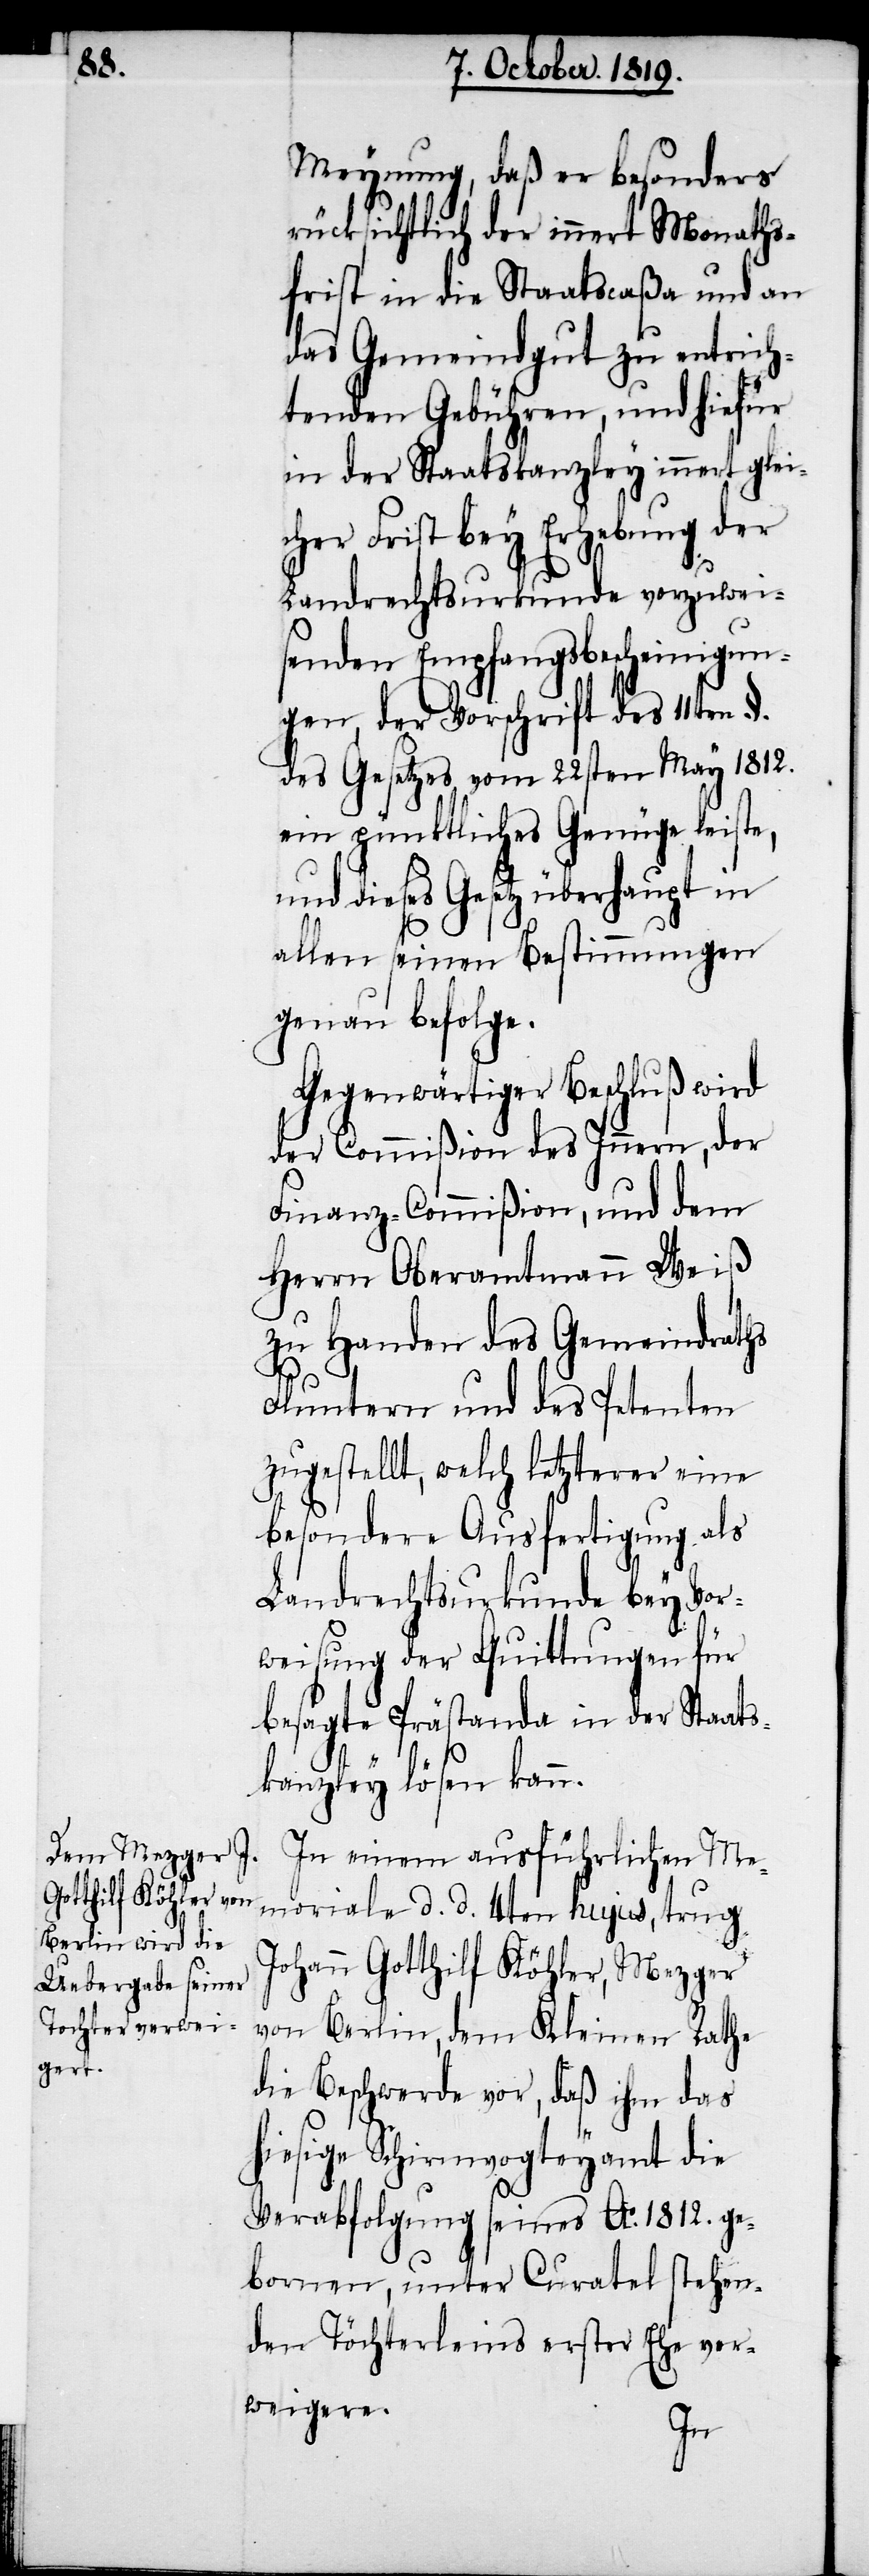
Meynung, daß er besonders
rücksichtlich der innert Monaths¬
frist in die Staatscaßa und an
das Gemeindgut zu entrich¬
tenden Gebühren, und hiefür
in der Staatskanzley innert glei¬
cher Frist bey Erhebung der
Landrechtsurkunde vorzuwei¬
senden Empfangsbescheinigun¬
gen, der Vorschrift des 11ten §.
des Gesetzes vom 22sten May 1812.
ein pünktliches Genüge leiste,
und dieses Gesetz überhaupt in
allen seinen Bestimmungen
genau befolge.
Gegenwärtiger Beschluß wird
der Commißion des Innern, der
Finanz-Commißion, und dem
Herrn Oberamtmann Weiß
zu Handen des Gemeindraths
Fluntern und des Petenten
zugestellt, welch letzterer eine
besondere Ausfertigung als
Landrechtsurkunde bey Vor¬
weisung der Quittungen für
besagte Prästanda in der Staats¬
kanzley lösen kann.
In einem ausführlichen Me¬
moriale d. d. 4ten hujus, trug
Johann Gotthilf Köhler, Mezger
von Berlin, dem Kleinen Rathe
die Beschwerde vor, daß ihm das
hiesige Schirmvogteyamt die
Verabfolgung seines Ao. 1812. ge¬
bornen, unter Curatel stehen¬
den Töchterleins erster Ehe ver¬
weigere.